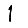
Digit: 1